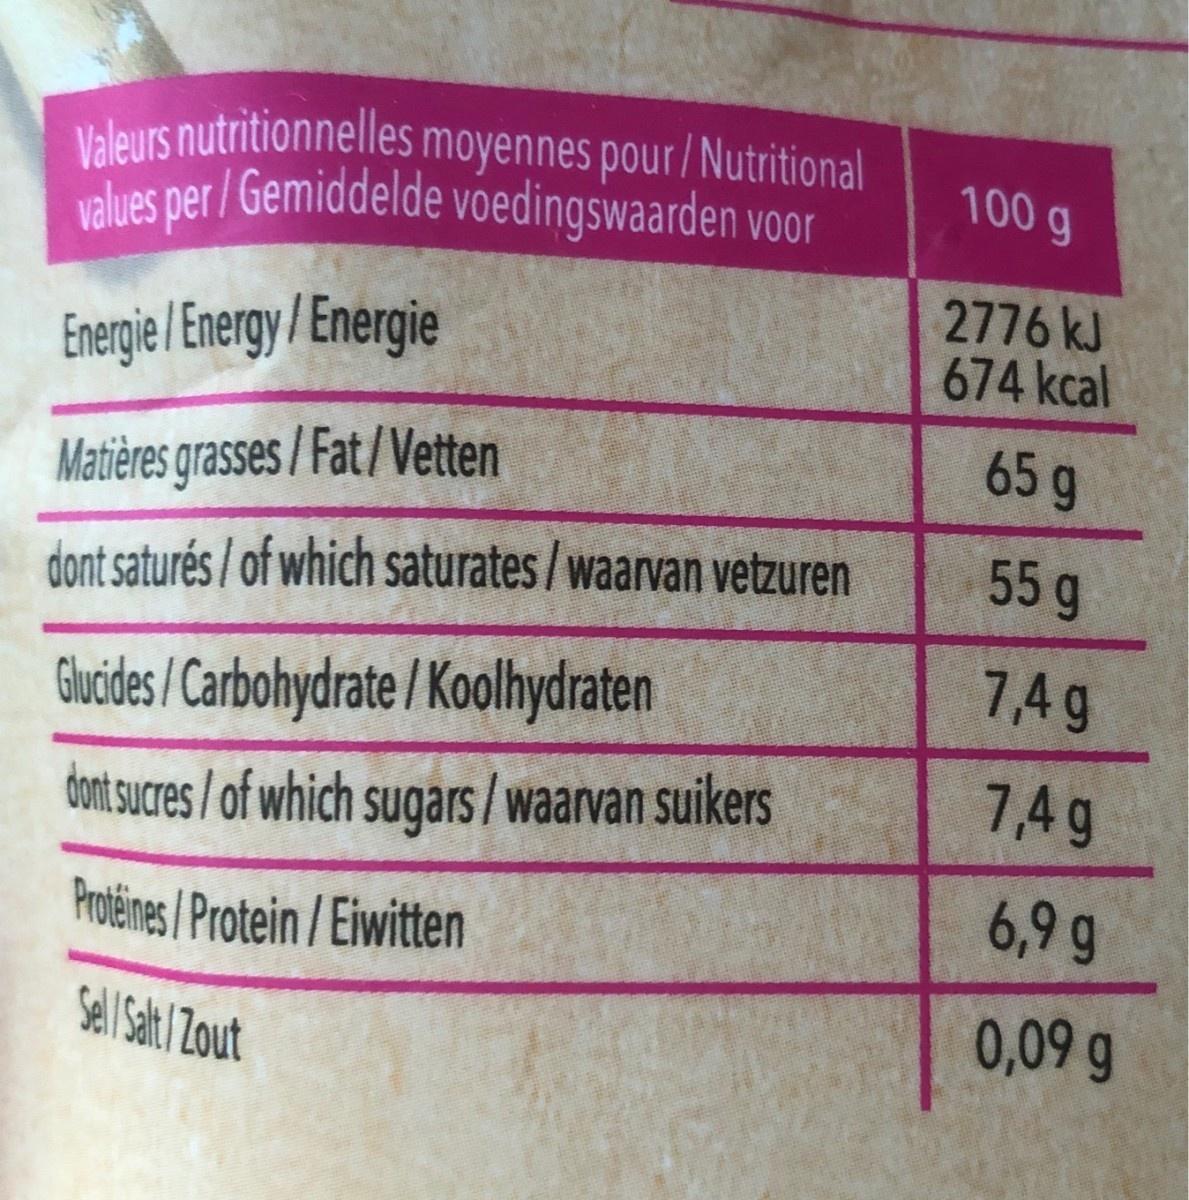
Valeurs nutritionnelles moyennes pour / Nutritional alues per / Gemiddelde voedingswaarden voor 100 g 2776 kJ 674 kcal Energie / Energy /Energie 65g Matières grasses/Fat/Vetten 55g dont saturés / of which saturates /waarvan vetzuren 7,4 g Guides/Carbohydrate / Koolhydraten 7,4g dont sucres/of which sugars / waarvan suikers 6,9 g Protéines / Protein / Eiwitten 0,09 g Sell Sat Zout